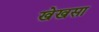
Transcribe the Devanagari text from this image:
खेखसा